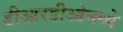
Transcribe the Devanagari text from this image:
डीआरडीओमध्ये